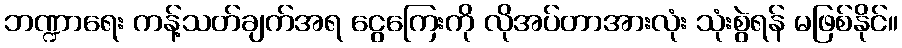
ဘဏ္ဍာရေး ကန့်သတ်ချက်အရ ငွေကြေးကို လိုအပ်တာအားလုံး သုံးစွဲရန် မဖြစ်နိုင်။